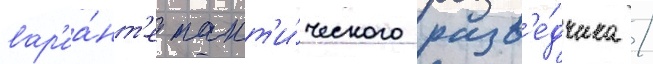
вар'иа́нт'е такт'и́ческого разв'е́дчика /